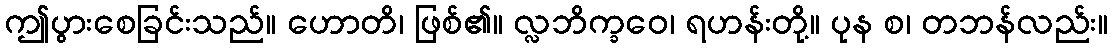
ဤပွားစေခြင်းသည်။ ဟောတိ၊ ဖြစ်၏။ လ္လဘိက္ခဝေ၊ ရဟန်းတို့။ ပုန စ၊ တဘန်လည်း။